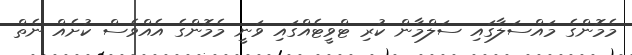
މެމޮންގެ މައްސަލާގައި ސަލްމާން ކުރި ޓްވީޓެއްގައި ވަނީ މެމޮންގެ އެއްވެސް ކުށެއް ނެތް